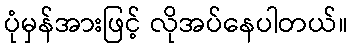
ပုံမှန်အားဖြင့် လိုအပ်နေပါတယ်။